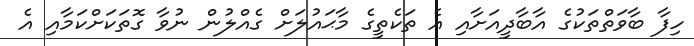
ހިފާ ބާވަތްތަކުގެ އާބާދީއަށާއި އެ ތަކެތީގެ މާޙައުލަށް ގެއްލުން ނުވާ ގޮތަކަށްކަމާއި އެ